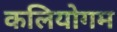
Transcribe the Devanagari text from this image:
कलियोगम